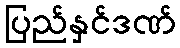
ပြည်နှင်ဒဏ်